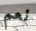
نعم